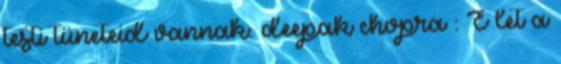
testi tüneteid vannak. deepak chopra : É let a